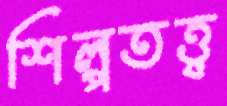
শিল্পতত্ত্ব